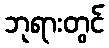
ဘုရားတွင်